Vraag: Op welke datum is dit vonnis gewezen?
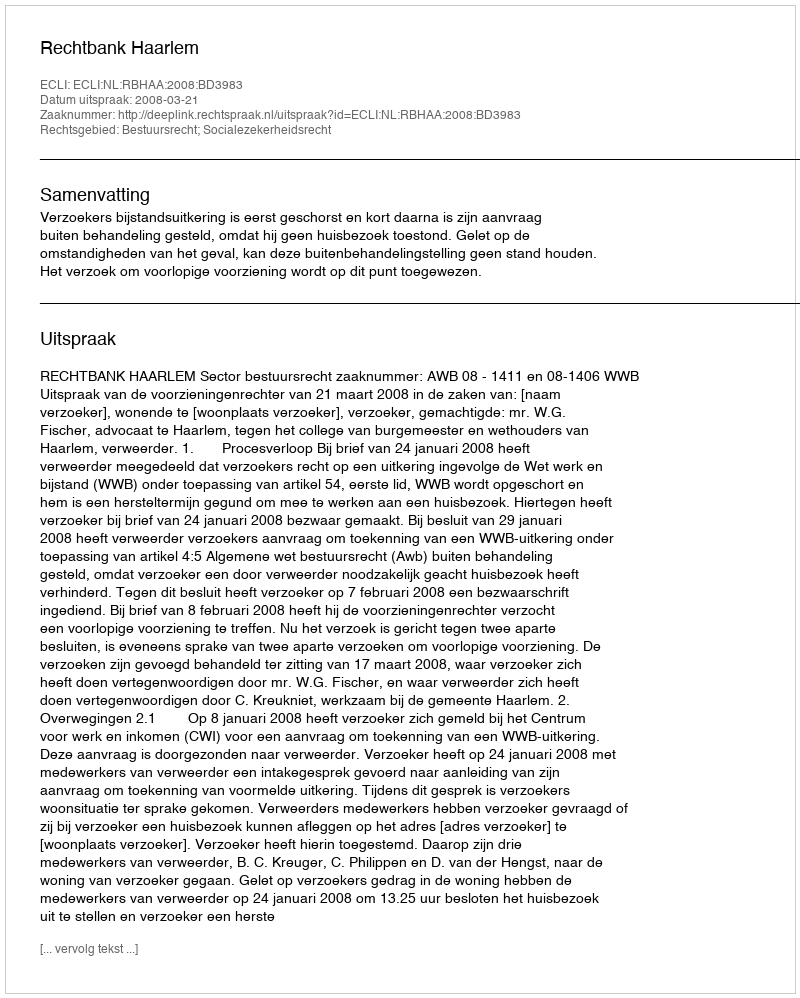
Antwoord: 2008-03-21